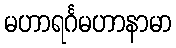
မဟာရင်္ဂမဟာနာမာ